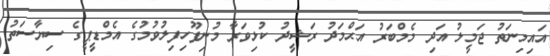
އައިމިނަތު ޖަމީލު އަދި މެމްބަރު އަޙްމަދު ރަޝީދު ކުޅިވަރާ މުނިފޫހިފިލުވުމުގެ އެމްޑީޕީގެ ސިޔާސަތު